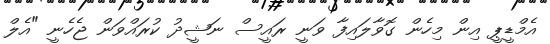
އެމްޑީޕީ އިން މިހެން ގޮވާލައިފާ ވަނީ ރައީސް ނަޝީދު ކުރައްވަން ޖެހެނީ "އެލް